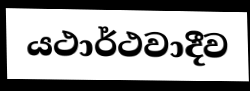
යථාර්ථවාදීව